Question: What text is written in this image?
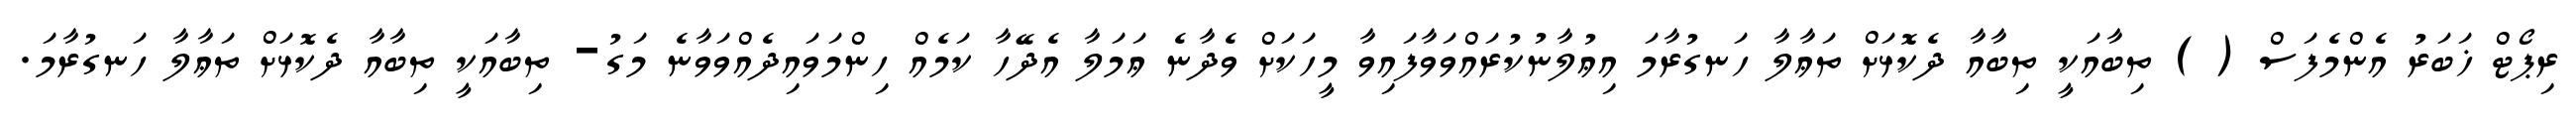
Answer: ރިޕޯޓް ޚަބަރު އެންމެފަސް ( ) ތިބާއަކީ ތިބާއާ ދެކޮޅަށް ތަޢާލާ ހަނގުރާމަ އިޢުލާނުކުރައްވަވާފައިވާ މީހަކަށް ވެދާނެ ޢަމަލާ އެދޭހާ ކަމެއް ހިންމަވައިދެއްވަވާނެ މަގު- ތިބާއަކީ ތިބާއާ ދެކޮޅަށް ތަޢާލާ ހަނގުރާމަ.